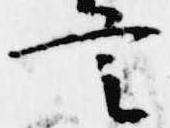
言